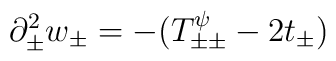
\partial_{\pm}^2 w_{\pm}=-(T^\psi_{\pm\pm} -2t_{\pm})